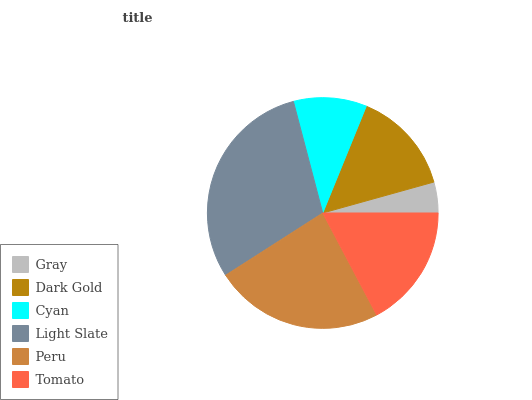
| Gray | Dark Gold | Cyan | Light Slate | Peru | Tomato |
 | --- | --- | --- | --- | --- | --- |
 | 4.32% | 14.5% | 10.3% | 30% | 23.7% | 17.2% |